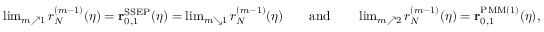
\begin{array} { r } { \operatorname* { l i m } _ { m \nearrow 1 } r _ { N } ^ { ( m - 1 ) } ( \eta ) = \mathbf { r } _ { 0 , 1 } ^ { \mathrm { S S E P } } ( \eta ) = \operatorname* { l i m } _ { m \searrow 1 } r _ { N } ^ { ( m - 1 ) } ( \eta ) \qquad \mathrm { a n d } \qquad \operatorname* { l i m } _ { m \nearrow 2 } r _ { N } ^ { ( m - 1 ) } ( \eta ) = \mathbf { r } _ { 0 , 1 } ^ { \mathrm { P M M } ( 1 ) } ( \eta ) , } \end{array}